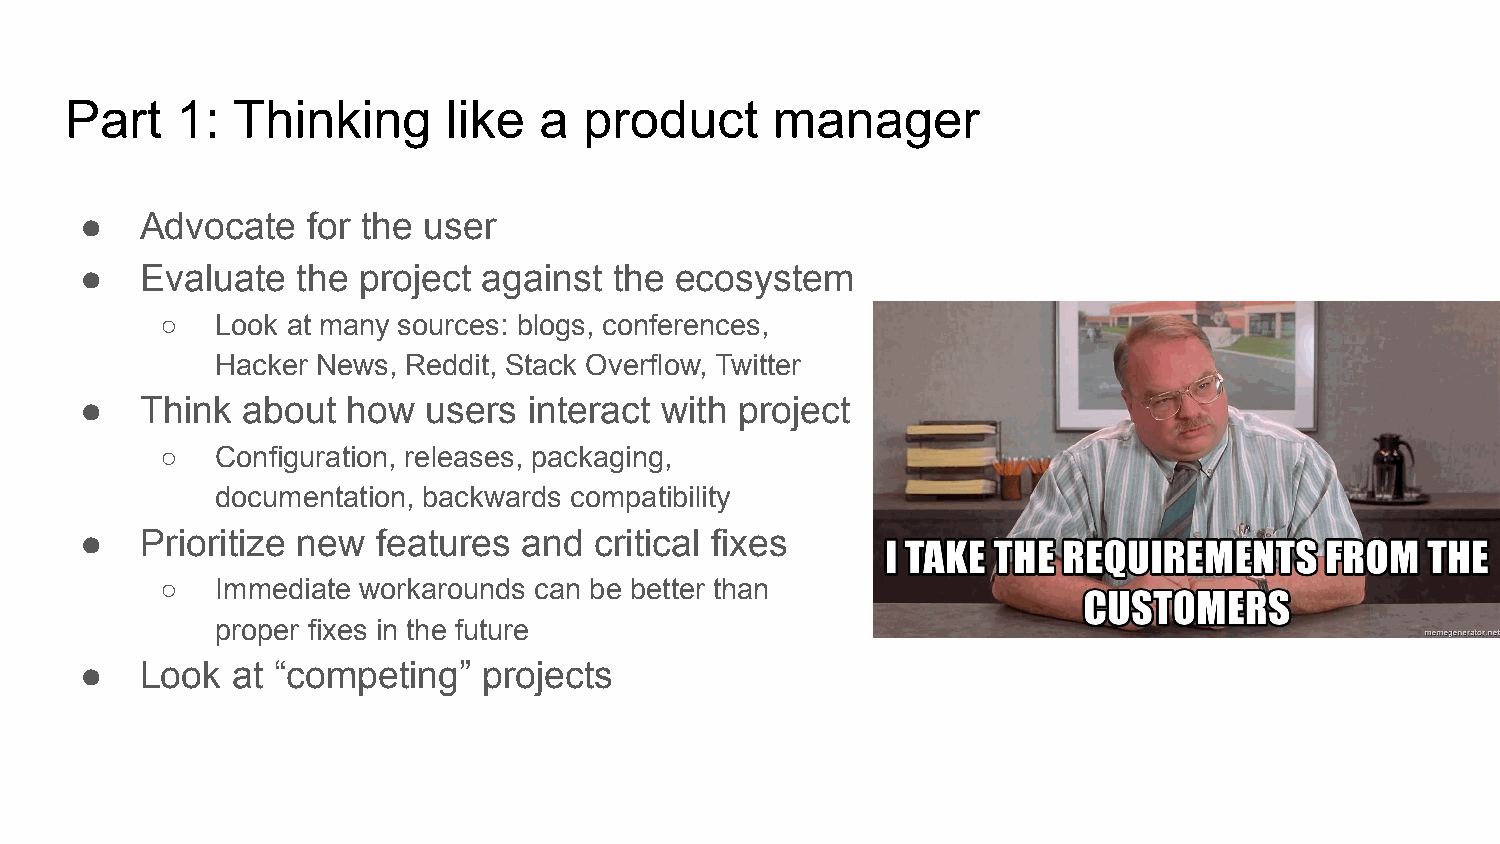
Part    1: Thinking       like  a  product     manager
 ●   Advocate   for the user
 ●   Evaluate   the project against  the ecosystem
 ○  Look at many sources: blogs, conferences,
 Hacker News, Reddit, Stack Overflow, Twitter
 ●   Think  about  how  users  interact with project
 ○  Configuration, releases, packaging,
 documentation, backwards compatibility
 ●   Prioritize new  features  and critical fixes
 ○  Immediate workarounds can be better than
 proper fixes in the future
 ●   Look  at “competing”   projects